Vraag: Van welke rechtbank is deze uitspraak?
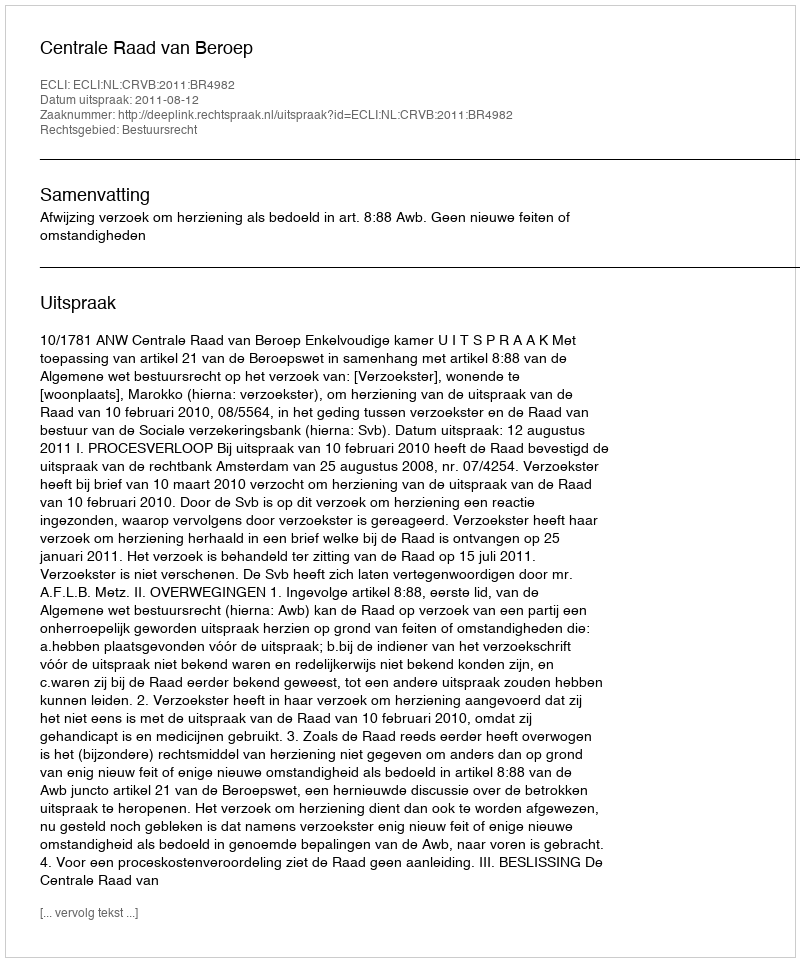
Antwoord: Centrale Raad van Beroep